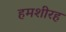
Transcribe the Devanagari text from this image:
हमशीरह